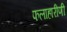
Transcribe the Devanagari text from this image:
फलाहारीणी